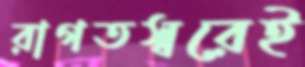
রাগতস্বরেই